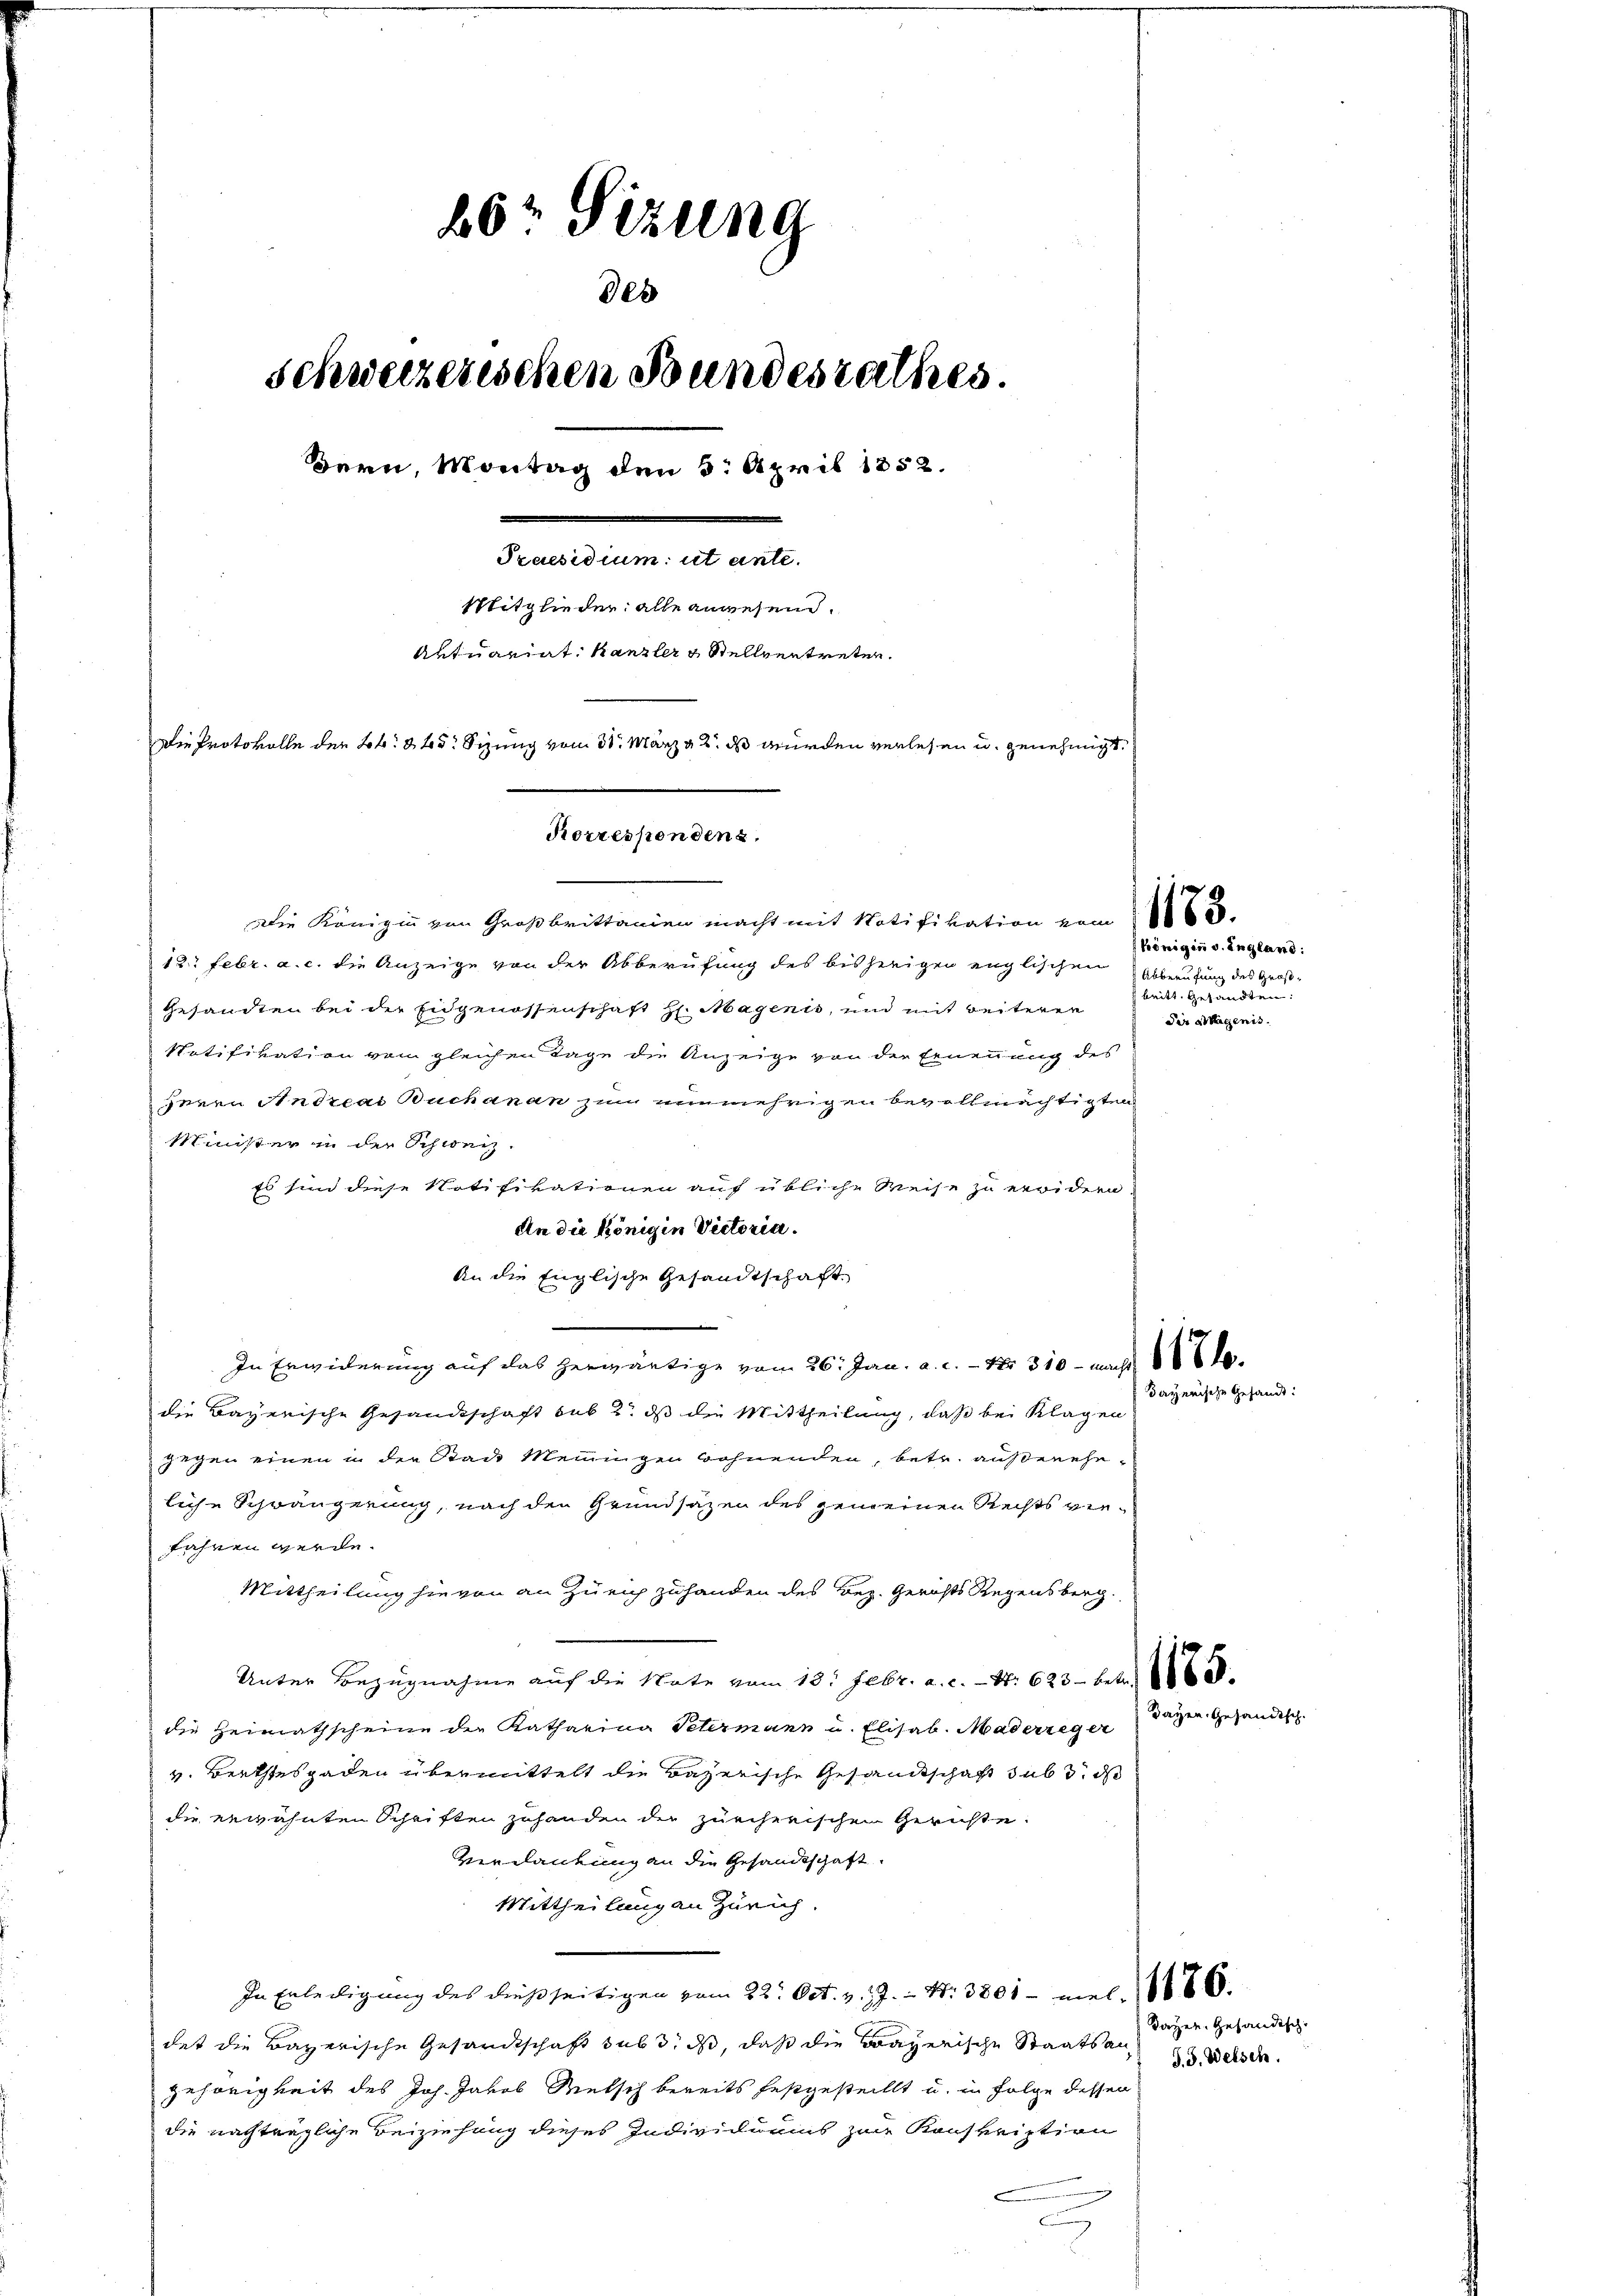
60 Sizung
des
schweizerischen Bundesrathes.
Bern, Montag den 5. April 1852.
Praesidium ut ante.
Mitglieder alle anwesend.
Antuariat Kanzler & Stellvertreten.
Die Protokolle der Lob. 845 Sizung vom 31. März v. 2. ds wurden verlesen u. genehmigt.
Korrespendenz.

Die Königin von Großbrittanien macht mit Notifikation vom 16.
12. Febr. a. c. die Anzeige von der Abberufung des bisherigen englischen Abberufung des Groß¬
Gesandten bei der Eigenossenschaft H. Magenis, und mit weiteren
Ratifikation vom gleichen Tage die Anzeige von der Ernennung des
Inern Andreas Buchan an zum nunmehrigen bevollmächtigten
Minister in der Schweiz.
Es sind diese Notifikationen auf übliche Weise zu erwidern.
An die Königin Victoria.
An die Englische Gesandtschaft
In Erwiderung auf das herwärtige vom 26. Jan. a. c. - Nr. 310 - nach
die Bayerische Gesandschaft sub 2. ds die Mittheilung, daß bei Klagen
gegen einen in der Stade Meinungen wohnenden, betr. außereheliche Schwängerung, nach den Grundsatzen des gemeinen Rechts verfahren werde.
Mittheilung hievon an Zürich zuhanden des Bez. Gerichts Regensberg.
Unter Bezugnahme auf die Note vom 13. Febr. a. c. - N: 623 betr.
die Heimathscheine der Katharina Petermann u. Elisab. Maderzeger Tagen gesandtsch
v. Bertstesgaden übermittelt die Bazerische Gesandtschaft sub 3. ds
die erwähnten Schriften zuhanden der zürcherischen Gerichte
Verdankung an die Gesandtschaft.
Mittheilung an Zürich
In Erledigung des dießseitigen vom 22. Oct. v. J. Nr. 3301 – mal 18888.
det die Bayerische Gesandtschaft subs, daß, daß die Bayerische Staatsangehörigkeit des Joh. Jakob Metsch bereits festgestellt u. in Folge dessen
die nachträgliche Beiziehung dieses Individuums zur Konskription

königin v. England:
ase eine
Die Sagenis.

Bayerische Gesand

dozen Gesandtsch..
S.S. Welsch.